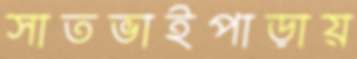
সাতভাইপাড়ায়